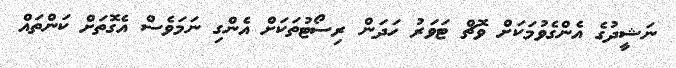
ނަޝީދުގެ އެންގެވުމަކަށް ވޮޗް ޓަވަރު ހަދަން ރިސޯޓުތަކަށް އެންގި ނަމަވެސް އެގޮތަށް ކަންތައް